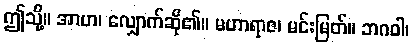
ဤသို့။ အာဟ၊ လျှောက်ဆို၏။ မဟာရာဇ၊ မင်းမြတ်။ ဘဂဝါ၊